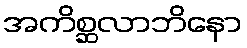
အကိစ္ဆလာဘိနော